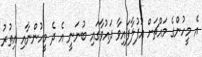
އެ މީހުންގެ މައްޗަށް އުފުލާފައިވާ ދައުވާގައި ބުނަނީ އެ ދެ މީހުންނާއި އިތުރު